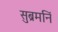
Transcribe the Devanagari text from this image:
सुब्रमनिं